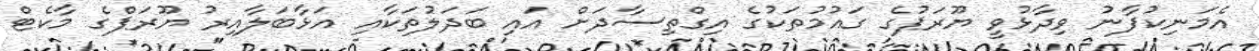
އެމަނިކުފާނު ވިދާޅުވީ ޔޫރަޕުގެ ގައުމުތަކުގެ އިގްތިސާދަށް އައި ބަދަލުތަކާއި އަޅާބަލާއިރު ޔޫރަޕްގެ މާކެޓް